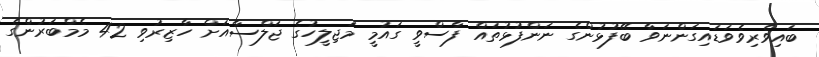
ބައިވެރިވެވަޑައިގަންނަވާ ބޭފުޅުންގެ ނަންފުޅުތައް ފާސްވީ ގައުމީ މަޖިލީހުގެ ޖަލްސާއަށް ހާޒިރުވި 42 މެމްބަރުންގެ